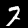
Digit: 7